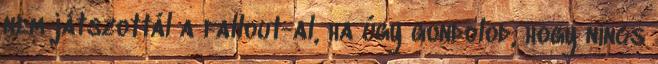
nem játszottál a fallout-al, ha úgy gondolod, hogy nincs